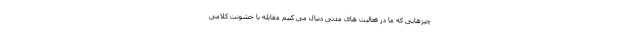
چیزهایی که ما در فعالیت های مدنی دنبال می کنیم مقابله با خشونت کلامی